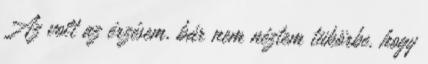
Az volt az érzésem, bár nem néztem tükörbe, hogy